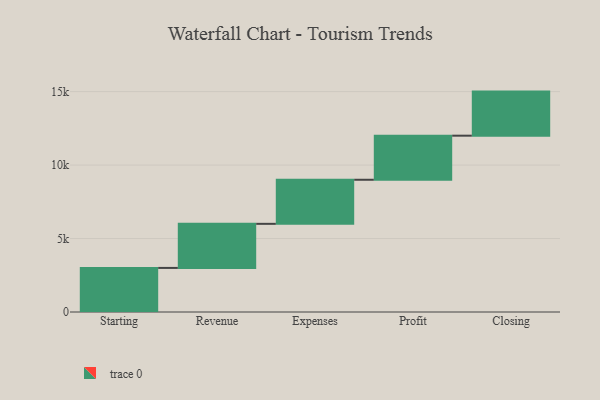
{"axis": {"x": "Step", "y": "Value"}, "legend": [""], "data": [{"x": "Starting", "y": 3000, "type": ""}, {"x": "Revenue", "y": 3000, "type": ""}, {"x": "Expenses", "y": 3000, "type": ""}, {"x": "Profit", "y": 3000, "type": ""}, {"x": "Closing", "y": 3000, "type": ""}]}